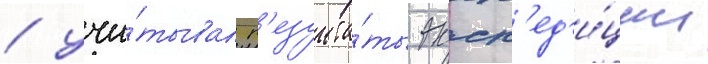
/ учи́тывал р'езульта́ты эксп'ед'и́ции